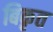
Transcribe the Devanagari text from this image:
बिकृत